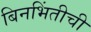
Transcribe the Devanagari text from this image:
बिनभिंतीची